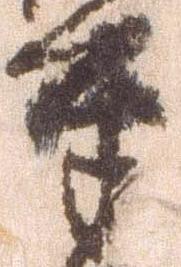
奉